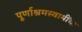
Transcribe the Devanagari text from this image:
पूर्णाश्रमस्वामींचा